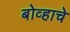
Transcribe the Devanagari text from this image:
बोव्हाचे